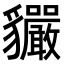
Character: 𧴣